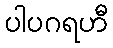
ပါပဂရဟီ